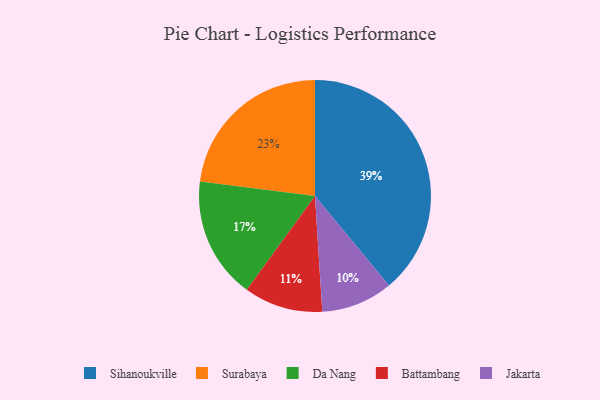
{"axis": {"x": "Category", "y": "Percentage"}, "legend": ["Battambang", "Da Nang", "Jakarta", "Sihanoukville", "Surabaya"], "data": [{"x": "Battambang", "y": 11, "type": "Battambang"}, {"x": "Da Nang", "y": 17, "type": "Da Nang"}, {"x": "Jakarta", "y": 10, "type": "Jakarta"}, {"x": "Surabaya", "y": 23, "type": "Surabaya"}, {"x": "Sihanoukville", "y": 39, "type": "Sihanoukville"}]}